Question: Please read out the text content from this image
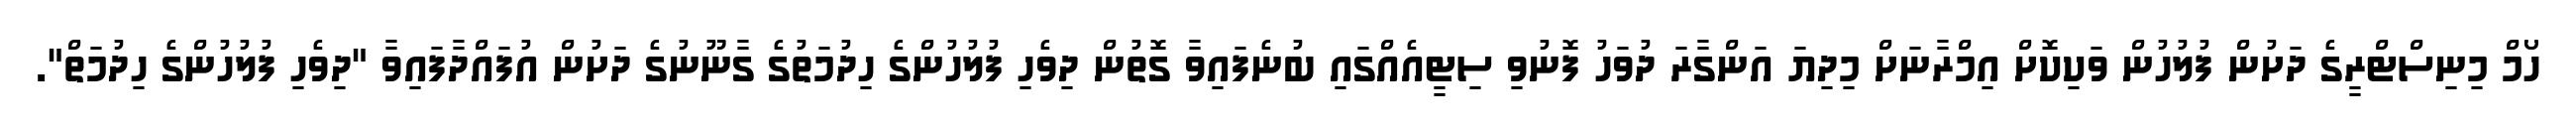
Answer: ހޯމް މިނިސްޓްރީގެ ދަށުން ފުލުހުން ވަކިކޮށް އިމްރާނަށް މިދިޔަ އަންގާރަ ދުވަހު ފޮނުވި ސިޓީއެއްގައި ބުނެފައިވާ ގޮތުން ދިވެހި ފުލުހުންގެ ހިދުމަތުގެ ގާނޫނުގެ ދަށުން އުފައްދާފައިވާ "ދިވެހި ފުލުހުންގެ ހިދުމަތް".